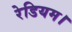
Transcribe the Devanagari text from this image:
रेडियम।